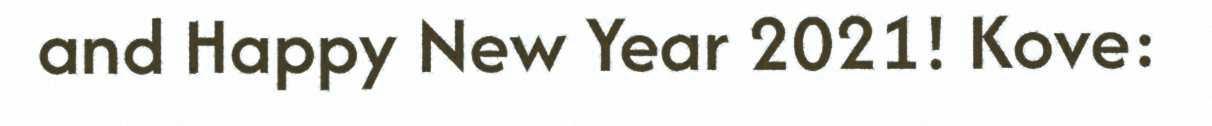
and Happy New Year 2021! Kove: